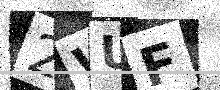
Text: 2WUF